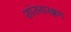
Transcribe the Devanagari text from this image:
शांततारक्षण